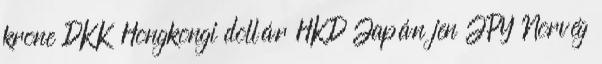
krone DKK Hongkongi dollár HKD Japán jen JPY Norvég